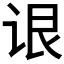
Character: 𬣳